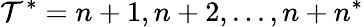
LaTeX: \mathcal{T}^{*}=n+1,n+2,...,n+n^{*}